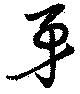
矛